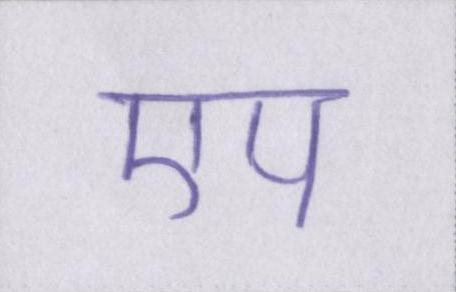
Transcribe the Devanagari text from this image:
एप